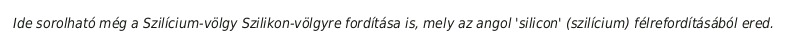
Ide sorolható még a Szilícium-völgy Szilikon-völgyre fordítása is, mely az angol 'silicon' (szilícium) félrefordításából ered.